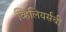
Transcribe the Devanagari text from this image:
व्हिलियर्सची